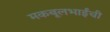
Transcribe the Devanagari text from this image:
मकबूलभाईंची